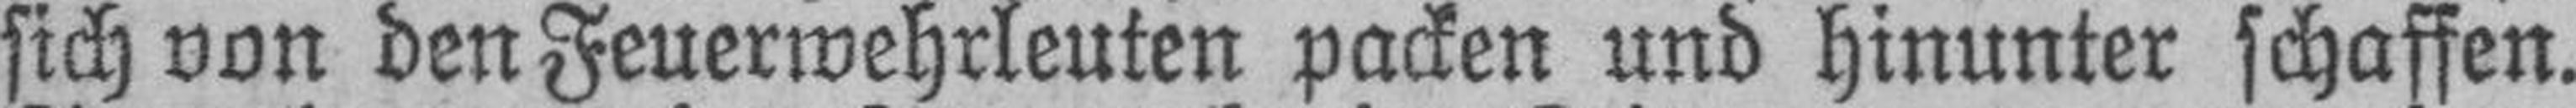
sich von den Feuerwehrleuten packen und hinunter schaffen.